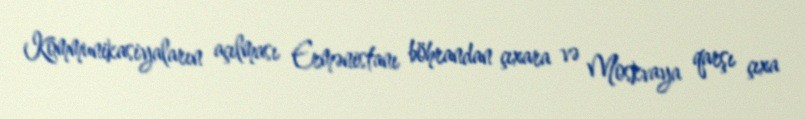
Kommunikasiyaların açılması Ermənistanı böhrandan çıxara və Moskvaya qarşı çıxa